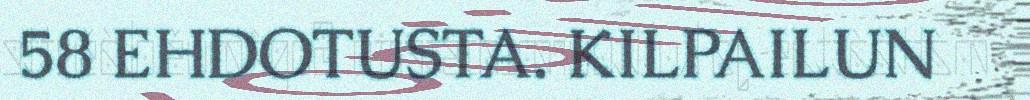
58 EHDOTUSTA. KILPAILUN